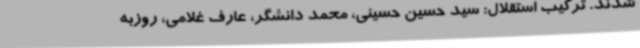
شدند. ترکیب استقلال: سید حسین حسینی، محمد دانشگر، عارف غلامی، روزبه